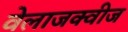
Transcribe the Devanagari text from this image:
वेलाजक्वीज